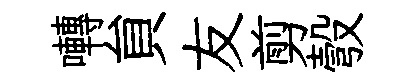
囀貟友剪彀